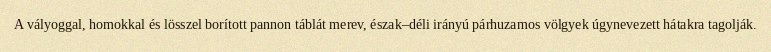
A vályoggal, homokkal és lösszel borított pannon táblát merev, észak–déli irányú párhuzamos völgyek úgynevezett hátakra tagolják.